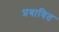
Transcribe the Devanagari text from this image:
प्रबावित